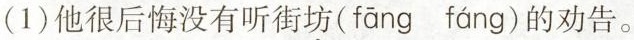
(1)他很后悔没有听街坊(fāng fáng)的劝告。